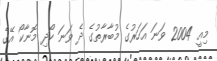
މިއީ 2004 ވަނަ އަހަރުގެ މުބާރާތުގެ ދެ ވަނަ ހޯދި މޮނާކޯ އޭގެ